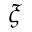
\xi